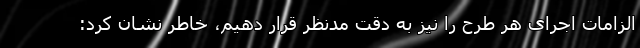
الزامات اجرای هر طرح را نیز به دقت مدنظر قرار دهیم، خاطر نشان کرد: